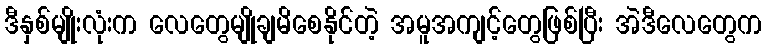
ဒီနှစ်မျိုးလုံးက လေတွေမျိုချမိစေနိုင်တဲ့ အမူအကျင့်တွေဖြစ်ပြီး အဲဒီလေတွေက